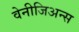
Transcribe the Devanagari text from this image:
वेनीजिअन्स